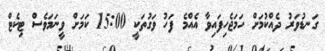
ގަނޑުވަރު ދެއްކުމަށް ހަމަޖެހިފައިވާ އެއްމެ ފަހު ވަގުތަކީ 15:00 ކަމަށް ވީނަމަވެސް ޓިކެޓް